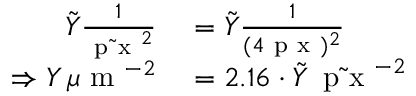
\begin{array} { r l } { \tilde { Y } \frac { 1 } { \tilde { \mathrm { ~ p ~ x ~ } } ^ { 2 } } } & { { } = \tilde { Y } \frac { 1 } { ( 4 \mathrm { ~ p ~ x ~ } ) ^ { 2 } } } \\ { \Rightarrow Y \, \mu \mathrm { ~ m ~ } ^ { - 2 } } & { { } = 2 . 1 6 \cdot \tilde { Y } \, \tilde { \mathrm { ~ p ~ x ~ } } ^ { - 2 } } \end{array}